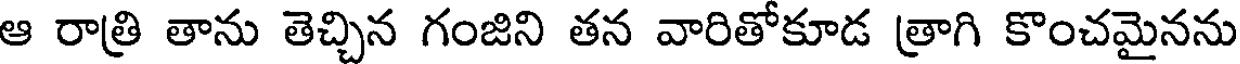
ఆ రాత్రి తాను తెచ్చిన గంజిని తన వారితోకూడ త్రాగి కొంచమైనను